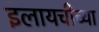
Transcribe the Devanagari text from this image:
इलायचीच्या